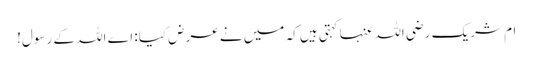
ام شریک رضی اللہ عنہا کہتی ہیں کہ میں نے عرض کیا: اے اللہ کے رسول!